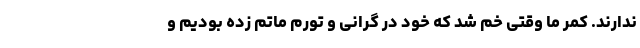
ندارند. کمر ما وقتی خم شد که خود در گرانی و تورم ماتم زده بودیم و